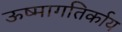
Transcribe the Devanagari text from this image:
ऊष्मागतिर्काय